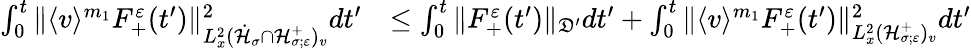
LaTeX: \begin{array}{rl}{\int_{0}^{t}\| \langle v\rangle^{m_{1}}F_{+}^{\varepsilon}(t^{\prime})\| _{L_{x}^{2}(\dot{\mathcal H}_{\sigma}\cap\mathcal H_{\sigma;\varepsilon}^{+})_{v}}^{2}dt^{\prime}}&{\leq\int_{0}^{t}\| F_{+}^{\varepsilon}(t^{\prime})\| _{\mathfrak D^{\prime}}dt^{\prime}+\int_{0}^{t}\| \langle v\rangle^{m_{1}}F_{+}^{\varepsilon}(t^{\prime})\| _{L_{x}^{2}(\mathcal H_{\sigma;\varepsilon}^{+})_{v}}^{2}dt^{\prime}}\end{array}